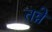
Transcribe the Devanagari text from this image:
तन्ने